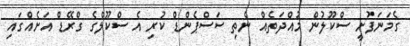
ގެމަނަފުށީ ސްކޫލުން މުއްދަތެއް ނެތި ސަސްޕެންޑް ކުރި އެ ސްކޫލްގެ ގްރޭޑް އަށެއްގައި